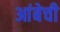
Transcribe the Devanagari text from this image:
आंबेची